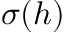
\sigma ( h )